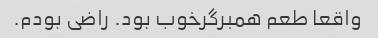
واقعا طعم همبرگرخوب بود. راضی بودم.